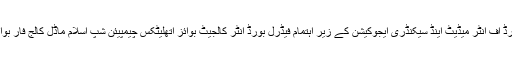
فیڈرل بورڈ آف انٹر میڈیٹ اینڈ سیکنڈری ایجوکیشن کے زیر اہتمام فیڈرل بورڈ انٹر کالجیٹ بوائز اتھلیٹکس چیمپیئن شپ اسلام ماڈل کالج فار بوائز جاو ..